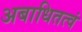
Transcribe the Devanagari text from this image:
अबाधितत्वं